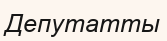
Депутатты